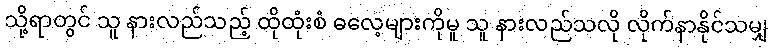
သို့ရာတွင် သူ နားလည်သည့် ထိုထုံးစံ ဓလေ့များကိုမူ သူ နားလည်သလို လိုက်နာနိုင်သမျှ